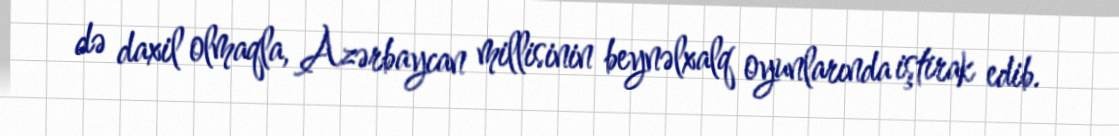
də daxil olmaqla, Azərbaycan millisinin beynəlxalq oyunlarında iştirak edib.